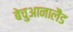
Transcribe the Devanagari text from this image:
बेचुआनालैंड